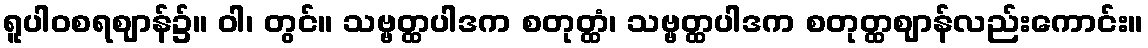
ရူပါဝစရဈာန်၌။ ဝါ၊ တွင်။ သဗ္ဗတ္ထပါဒက စတုတ္ထံ၊ သဗ္ဗတ္ထပါဒက စတုတ္ထဈာန်လည်းကောင်း။